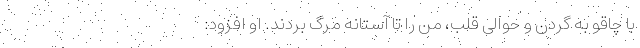
با چاقو به گردن و حوالی قلب، من را تا آستانه مرگ بردند. او افزود: